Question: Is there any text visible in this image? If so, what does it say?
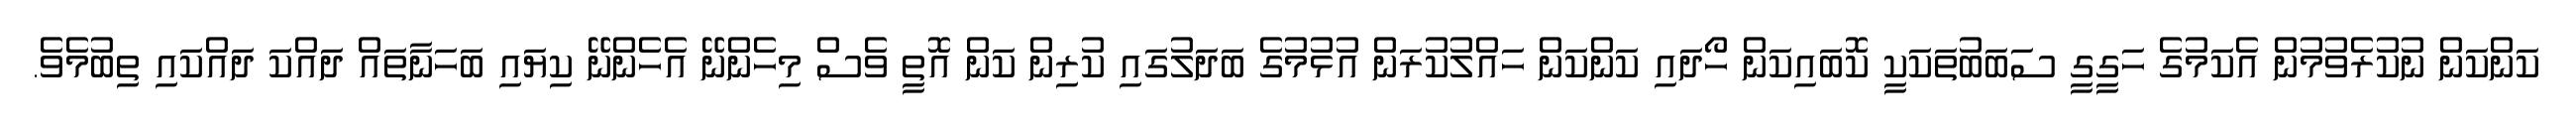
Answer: ކަންކަން ނުކުރެވުމުން އެކަމުގެ ހަގީގީ ސަބަބުތަކަކީ ކޮބައިކަން ހޯދައި ކަންކަން ހައްލުކުރަން އުޅުމުގެ ބަދަލުގައި ކުރިން ކަން އޮތީ ވެސް މިހެންނޭ އެހެންނޭ ކިޔައި ބަހަނާތައް ދައްކަ ދައްކައި ތިބުމެވެ.